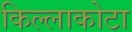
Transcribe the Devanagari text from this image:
किल्लाकोटा